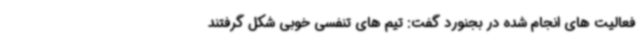
فعالیت های انجام شده در بجنورد گفت: تیم های تنفسی خوبی شکل گرفتند